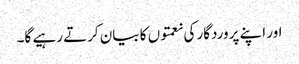
اور اپنے پروردگار کی نعمتوں کا بیان کرتے رہیے گا۔